Report on vaccination in Madras 1895-1903 - 1895-1903
Year: 1895
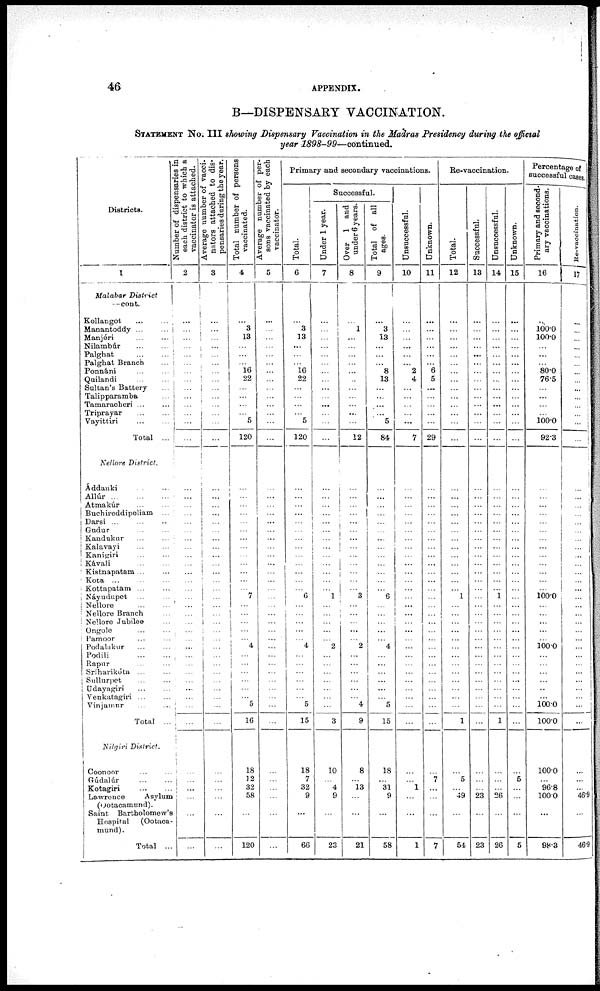
46
APPENDIX.
B—DISPENSARY VACCINATION.
STATEMENT NO.III showing Dispensary Vaccination in the Madras Presidency during the official
year 1898-99—continued.
Districts.
1
Malabar District
—cont.
Kollangot
...
...
Manantoddy ... ...
Manjéri ... ...
Nilambúr
...
...
Palghat ... ...
Palghat Branch ...
Ponnáni ... ...
Quilandi ... ...
Sultan's Battery ...
Talipparamba ...
Tamaracheri ... ...
Triprayar ... ...
Vayittiri ... ...
Total ...
Nellore District.
Áddanki ... ...
Allúr
...
...
...
Atmakúr ... ...
Buchireddipoliam ...
Darsi ... ... ...
Gudur ... ...
Kandukur ... ...
Kalavayi ... ...
Kanigiri ... ...
Kávali
...
...
Kistnapatam ... ...
Kota
...
...
...
Kottapatam ... ...
Náyudupet ... ...
Nellore ... ...
Nellore Branch ...
Nellore Jubilee ...
Ongole ... ...
Pamoor ... ...
Podalakur ... ...
Podili
...
...
Rapur ... ...
Sríharikóta ... ...
Sullurpet ... ...
Udayagiri ... ...
Venkatagiri ... ...
Vinjamur ... ...
Total ...
Nilgiri District.
Coonoor ... ...
Gúdalúr ... ...
Kotagiri
...
...
Lawrence
Asylum
(Ootacamund).
Saint Bartholomew's
Hospital
(Ootaca-
mund).
Total ...
Number of dispensaries in
each district to which a
vaccinator is attached.
2
...
...
...
...
...
...
...
...
...
...
...
...
...
...
...
...
...
...
...
...
...
...
...
...
...
...
...
...
...
...
...
...
...
...
...
...
...
...
...
...
...
...
...
...
...
...
...
...
Average number of vacci.
nators attached to dis-
pensaries during the year.
3
...
...
...
...
...
...
...
...
...
...
...
...
...
...
...
...
...
...
...
...
...
...
...
...
...
...
...
...
...
...
...
...
...
...
...
...
...
...
...
...
...
...
...
...
...
...
...
...
Total number of persons
vaccinated.
4
...
3
13
...
...
...
16
22
...
...
...
...
5
120
...
...
...
...
...
...
...
...
...
...
...
...
...
7
...
...
...
...
...
4
...
...
...
...
...
...
5
16
18
12
32
58
...
120
Average number of per-
sons vaccinated by each
vaccinator.
5
...
...
...
...
...
...
...
...
...
...
...
...
...
...
...
...
...
...
...
...
...
...
...
...
...
...
...
...
...
...
...
...
...
...
...
...
...
...
...
...
...
...
...
...
...
...
...
...
Primary and secondary vaccinations.
Total.
6
...
3
13
...
...
...
16
22
...
...
...
...
5
120
...
...
...
...
...
...
...
...
...
...
...
...
...
6
...
...
...
...
...
4
...
...
...
...
...
...
5
15
18
7
32
9
...
66
Successful.
Under 1 year.
7
...
...
...
...
...
...
...
...
...
...
...
...
...
...
...
...
...
...
...
...
...
...
...
...
...
...
...
1
...
...
...
...
...
2
...
...
...
...
...
...
...
3
10
...
4
9
...
23
Over 1 and
under 6 years.
8
...
1
...
...
...
...
...
...
...
...
...
...
...
12
...
...
...
...
...
...
...
...
...
...
...
...
...
3
...
...
...
...
...
2
...
...
...
...
...
...
4
9
8
...
13
...
...
21
Tot al of all
ages.
9
...
3
13
...
...
...
8
13
...
...
...
...
5
84
...
...
...
...
...
...
...
...
...
...
...
...
...
6
...
...
...
...
...
4
...
...
...
...
...
...
5
15
18
...
31
9
...
58
Unsuccessful.
10
...
...
...
...
...
...
2
4
...
...
...
...
...
7
...
...
...
...
...
...
...
...
...
...
...
...
...
...
...
...
...
...
...
...
...
...
...
...
...
...
...
...
...
...
1
...
...
1
Unknown.
11
...
...
...
...
...
...
6
5
...
...
...
...
...
29
...
...
...
...
...
...
...
...
...
...
...
...
...
...
...
...
...
...
...
...
...
...
...
...
...
...
...
...
...
7
...
...
...
7
Re-vaccination.
Total.
12
...
...
...
...
...
...
...
...
...
...
...
...
...
...
...
...
...
...
...
...
...
...
...
...
...
...
...
1
...
...
...
...
...
...
...
...
...
...
...
...
...
1
...
5
...
49
...
54
Successful.
13
...
...
...
...
...
...
...
...
...
...
...
...
...
...
...
...
...
...
...
...
...
...
...
...
...
...
...
...
...
...
...
...
...
...
...
...
...
...
...
...
...
...
...
...
...
23
...
23
Unsuccessful.
14
...
...
...
...
...
...
...
...
...
...
...
...
...
...
...
...
...
...
...
...
...
...
...
...
...
...
...
1
...
...
...
...
...
...
...
...
...
...
...
...
...
1
...
...
...
26
...
26
Unknown.
15
...
...
...
...
...
...
...
...
...
...
...
...
...
...
...
...
...
...
...
...
...
...
...
...
...
...
...
...
...
...
...
...
...
...
...
...
...
...
...
...
...
...
...
5
...
...
...
5
Percentage of
successful cases.
Primary and second-
ary vaccinations.
16
...
100.0
100.0
...
...
...
80.0
76.5
...
...
...
...
100.0
92.3
...
...
...
...
...
...
...
...
...
...
...
...
...
100.0
...
...
...
...
...
100.0
...
...
...
...
...
...
100.0
100.0
100.0
...
96.8
100.0
...
98.3
Re-vaccination.
17
...
...
...
...
...
...
...
...
...
...
...
...
...
...
...
...
...
...
...
...
...
...
...
...
...
...
...
...
...
...
...
...
...
...
...
...
...
...
...
...
...
...
...
...
...
46.9
...
46.9